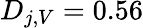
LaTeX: D_{j,V}=0.56